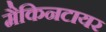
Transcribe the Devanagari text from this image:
मैकिनटायर